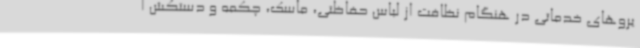
یروهای خدماتی در هنگام نظافت از لباس حفاظتی، ماسک، چکمه و دستکش ا